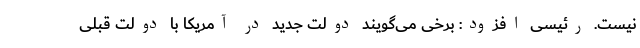
نیست. رئیسی افزود: برخی می‌گویند دولت جدید در آمریکا با دولت قبلی